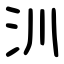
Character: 汌